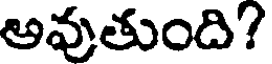
అవుతుంది?